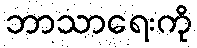
ဘာသာရေးကို